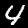
Label: 4